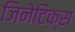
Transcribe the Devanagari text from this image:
जिनेटिक्स